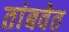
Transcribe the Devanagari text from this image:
तांबवेत